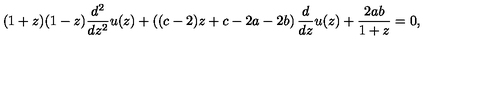
( 1 + z ) ( 1 - z ) \frac { d ^ { 2 } } { d z ^ { 2 } } u ( z ) + \left( ( c - 2 ) z + c - 2 a - 2 b \right) \frac { d } { d z } u ( z ) + \frac { 2 a b } { 1 + z } = 0 ,